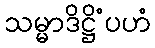
သမ္မာဒိဋ္ဌိံပဟံ